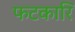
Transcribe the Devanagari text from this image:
फटकारि